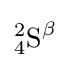
{{\mathrm {^{2}_{4}S} }{\vphantom {A}}^{\mathrm {\beta } }}